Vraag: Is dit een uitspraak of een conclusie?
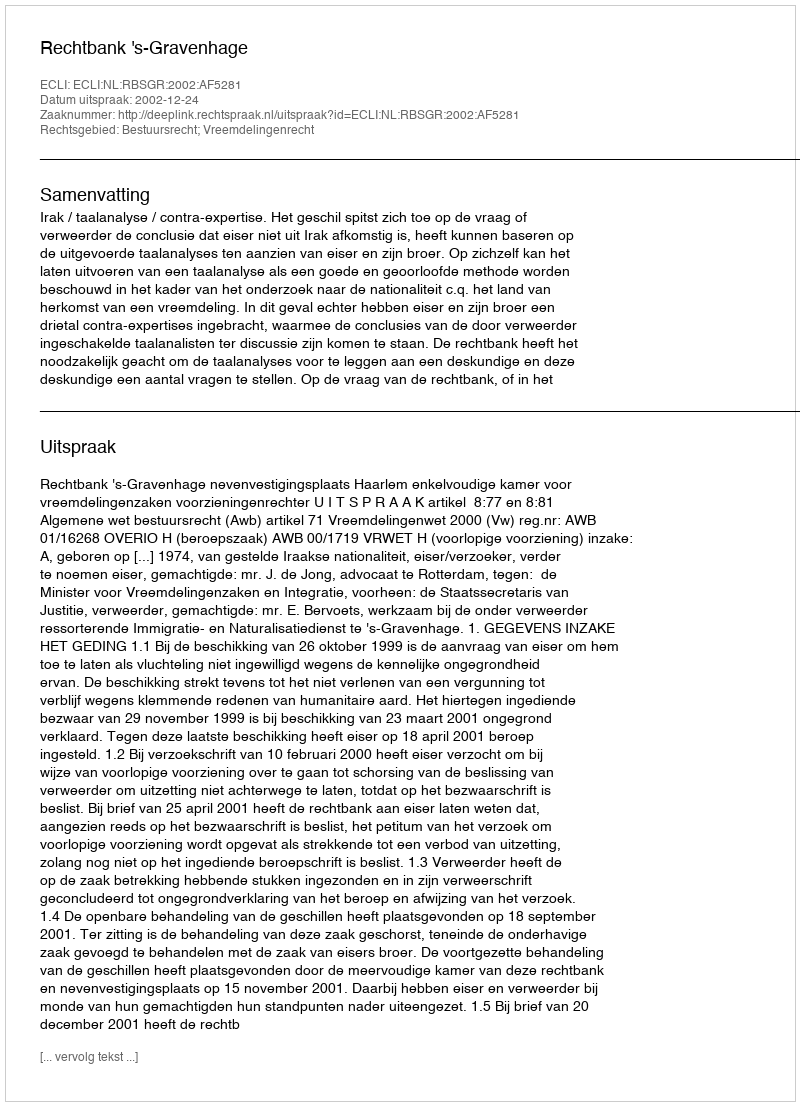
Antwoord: Uitspraak